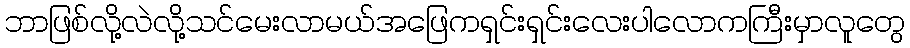
ဘာဖြစ်လို့လဲလို့သင်မေးလာမယ်အဖြေကရှင်းရှင်းလေးပါလောကကြီးမှာလူတွေ